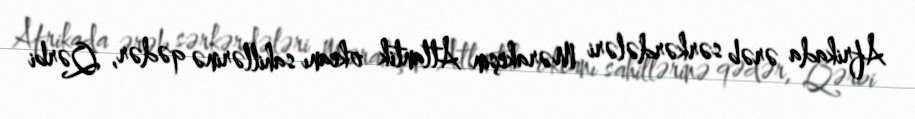
Afrikada ərəb sərkərdələri Mərakeşin Atlantik okeanı sahillərinə qədər, Qərbi